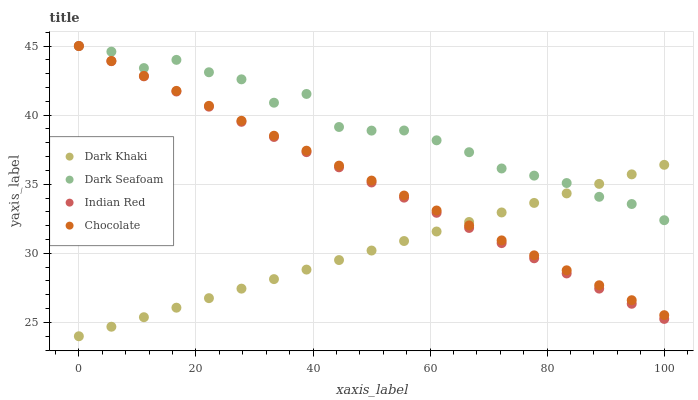
| xaxis_label | Dark Khaki | Dark Seafoam | Indian Red | Chocolate |
 | --- | --- | --- | --- | --- |
 | 0 | 24 | 45 | 45 | 45 |
 | 5.56 | 24.7 | 44.6 | 43.9 | 43.9 |
 | 11.1 | 25.4 | 43.4 | 42.8 | 42.8 |
 | 16.7 | 26.1 | 44 | 41.7 | 41.8 |
 | 22.2 | 26.8 | 43.1 | 40.6 | 40.7 |
 | 27.8 | 27.4 | 42.6 | 39.5 | 39.6 |
 | 33.3 | 28.1 | 40.9 | 38.4 | 38.5 |
 | 38.9 | 28.8 | 41.5 | 37.3 | 37.4 |
 | 44.4 | 29.5 | 39.1 | 36.2 | 36.3 |
 | 50 | 30.2 | 38.9 | 35.1 | 35.3 |
 | 55.6 | 30.9 | 38.9 | 34 | 34.2 |
 | 61.1 | 31.6 | 38.2 | 32.9 | 33.1 |
 | 66.7 | 32.3 | 37.3 | 31.8 | 32 |
 | 72.2 | 33 | 36.1 | 30.7 | 30.9 |
 | 77.8 | 33.6 | 35.6 | 29.6 | 29.9 |
 | 83.3 | 34.3 | 35.1 | 28.5 | 28.8 |
 | 88.9 | 35 | 34.1 | 27.4 | 27.7 |
 | 94.4 | 35.7 | 33.6 | 26.4 | 26.6 |
 | 100 | 36.4 | 32.4 | 25.3 | 25.5 |